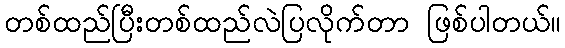
တစ်ထည်ပြီးတစ်ထည်လဲပြလိုက်တာ ဖြစ်ပါတယ်။